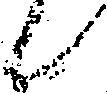
候